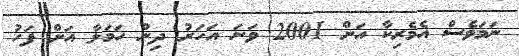
ނަމަވެސް އެމެރިކާ އަށް 2001 ވަނަ އަހަރު ދިން ހަމަލާ އަށް ފަހު